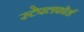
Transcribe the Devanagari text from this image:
स्टेपलफोर्ड